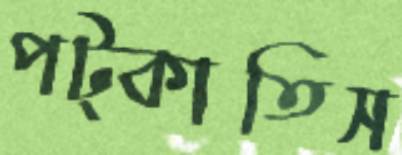
পট্‌কাতিস